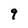
Character: 9